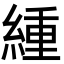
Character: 緟